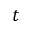
t